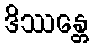
ဒိဿန္တေ